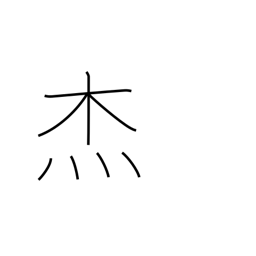
Meaning: hero